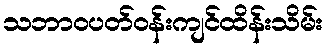
သဘာဝပတ်ဝန်းကျင်ထိန်းသိမ်း